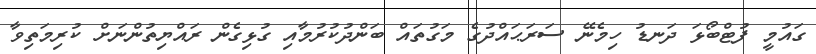
ގައުމީ ފުޓްބޯޅަ ދަނޑު ހިމެނޭ ސަރަޙައްދުގެ މަގުތައް ބަންދުކުރުމާއި ގުޅިގެން ރައްޔިތުންނަށް ކުރިމަތިވާ